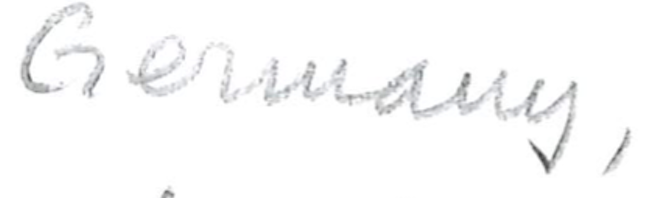
Text: Germany,
Cross-out: clean
Writing tool: pencil